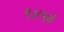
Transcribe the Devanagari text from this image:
१४५वे